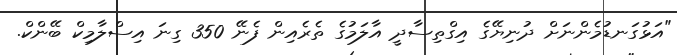
"އަޅުގަނޑުމެންނަށް ދުނިޔޭގެ އިގްތިސާދީ އާލަމުގެ ތެރެއިން ފެނޭ 350 ގިނަ އިސްލާމިކް ބޭންކް.